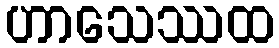
ဟာသေဿထ